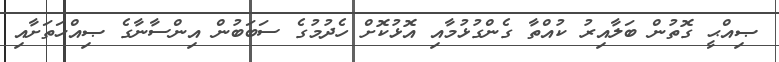
ޞިއްޙީ ގޮތުން ބަލާއިރު ކުއްތާ ގެންގުޅުމާއި އޮޅުކޮށް ހެދުމުގެ ސަބަބުން އިންސާނާގެ ޞިއްޙަތަށާއި